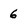
Character: 6